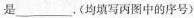
是___；响度相同的是___。(均填写丙图中的序号)